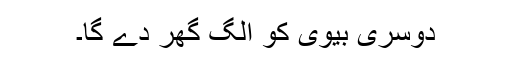
دوسری بیوی کو الگ گھر دے گا۔